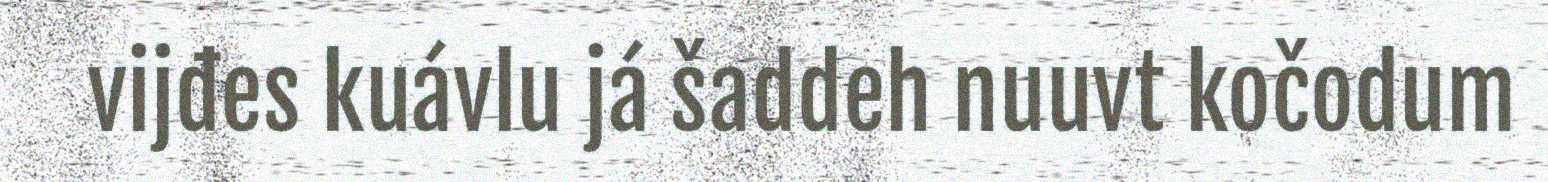
vijđes kuávlu já šaddeh nuuvt kočodum